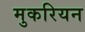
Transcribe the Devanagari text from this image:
मुकरियन